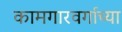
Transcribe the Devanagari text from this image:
कामगारवर्गाच्या